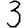
Digit: 3